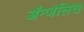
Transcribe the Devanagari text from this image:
ॲन्जेलिस